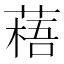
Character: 𫉎